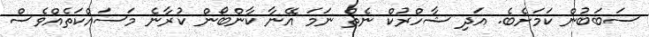
ސަބަބުން ކަމަށެބެ. އަދި ޝާހްރުކް ނެތް ނަމަ އޭނާ ކާންބޯން ކުރާނެ މަސައްކަތެއްވެސް